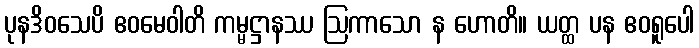
ပုနဒိဝသေပိ ဧဝမေဝါတိ ကမ္မဋ္ဌာနဿ ဩကာသော န ဟောတိ။ ယတ္ထ ပန ဧဝရူပေါ